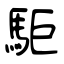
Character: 駏